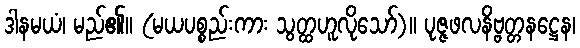
ဒါနမယံ၊ မည်၏။ (မယပစ္စည်းကား သွတ္ထဟူလိုသော်)။ ပုဇ္ဇဖလနိဗ္ဗတ္တနဋ္ဌေန၊